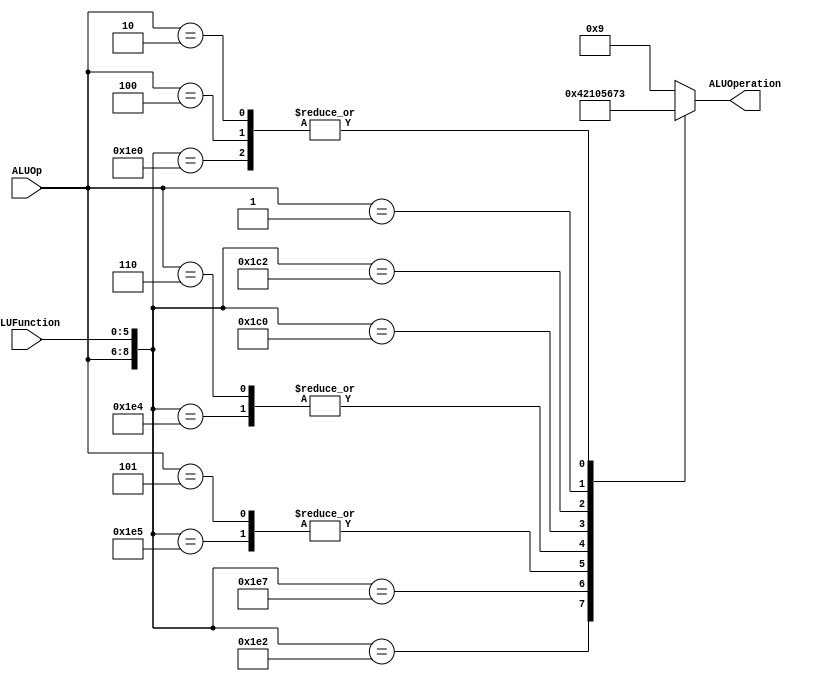
/******************************************************************
* Description
*	This is the control unit for the ALU. It receves an signal called 
*	ALUOp from the control unit and a signal called ALUFunction from
*	the intrctuion field named function.
* Version:
*	1.0
* Author:
*	Dr. Jos Luis Pizano Escalante
* email:
*	luispizano@iteso.mx
* Date:
*	01/03/2014
******************************************************************/
module ALUControl
(
	input [2:0] ALUOp,
	input [5:0] ALUFunction,
	output [3:0] ALUOperation

);

localparam R_Type_AND    = 9'b111_100100;
localparam R_Type_OR     = 9'b111_100101;
localparam R_Type_NOR    = 9'b111_100111;
localparam R_Type_ADD    = 9'b111_100000;  

localparam R_Type_SUB	 = 10'b0111_100010; //F

localparam I_Type_ADDI   = 9'b100_xxxxxx;
localparam I_Type_ORI    = 9'b101_xxxxxx;


//Nuevos
localparam I_Type_ANDI    = 9'b110_xxxxxx;
localparam I_Type_LUI    = 9'b001_xxxxxx;

localparam R_Type_SLL    = 9'b111_000000;
localparam R_Type_SRL    = 9'b111_000010;


localparam I_Type_LW    = 9'b010_xxxxxx;
localparam I_Type_SW    = 9'b010_xxxxxx;

localparam J_Type_J    = 9'b000_xxxxxx;



reg [3:0] ALUControlValues;
wire [8:0] Selector;

assign Selector = {ALUOp, ALUFunction};

always@(Selector)begin
	casex(Selector)
		R_Type_AND:    ALUControlValues = 4'b0000;
		
		R_Type_SUB: ALUControlValues = 4'b0100; //f
		
		R_Type_OR: 		ALUControlValues = 4'b0001;
		R_Type_NOR:    ALUControlValues = 4'b0010;
		R_Type_ADD: 	ALUControlValues = 4'b0011;
		I_Type_ADDI: 	ALUControlValues = 4'b0011;
		I_Type_ORI: 	ALUControlValues = 4'b0001;
		//Nuevos
		I_Type_ANDI:	ALUControlValues = 4'b0000;
		R_Type_SLL:		ALUControlValues = 4'b0101;
		R_Type_SRL:		ALUControlValues = 4'b0110;
		I_Type_LUI: 	ALUControlValues = 4'b0111;
		
		I_Type_LW: 	ALUControlValues = 4'b0011;
		I_Type_SW: 	ALUControlValues = 4'b0011;
		J_Type_J: 	ALUControlValues = 4'b1001;
		
		default: ALUControlValues = 4'b1001;
	endcase
end


assign ALUOperation = ALUControlValues;

endmodule
//alucontrol//